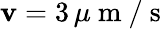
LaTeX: \mathbf{v}=3\, \mu\mathrm{{~m~}}/\mathrm{{~s~}}